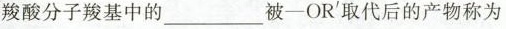
羧酸分子羧基中的________被-OR'取代后的产物称为